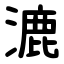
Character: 漉